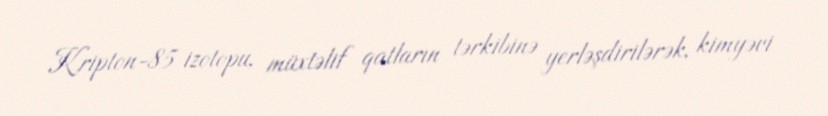
Kripton-85 izotopu, müxtəlif qatların tərkibinə yerləşdirilərək, kimyəvi